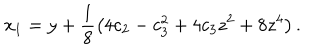
LaTeX: x _ { 1 } = y + \frac { 1 } { 8 } \left( 4 c _ { 2 } - c _ { 3 } ^ { 2 } + 4 c _ { 3 } z ^ { 2 } + 8 z ^ { 4 } \right) .